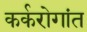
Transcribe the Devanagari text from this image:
कर्करोगांत